Report on plague in the Punjab from October 1st ... to September 30th ..., being the ... season of plague in the province
Disease focus: Plague
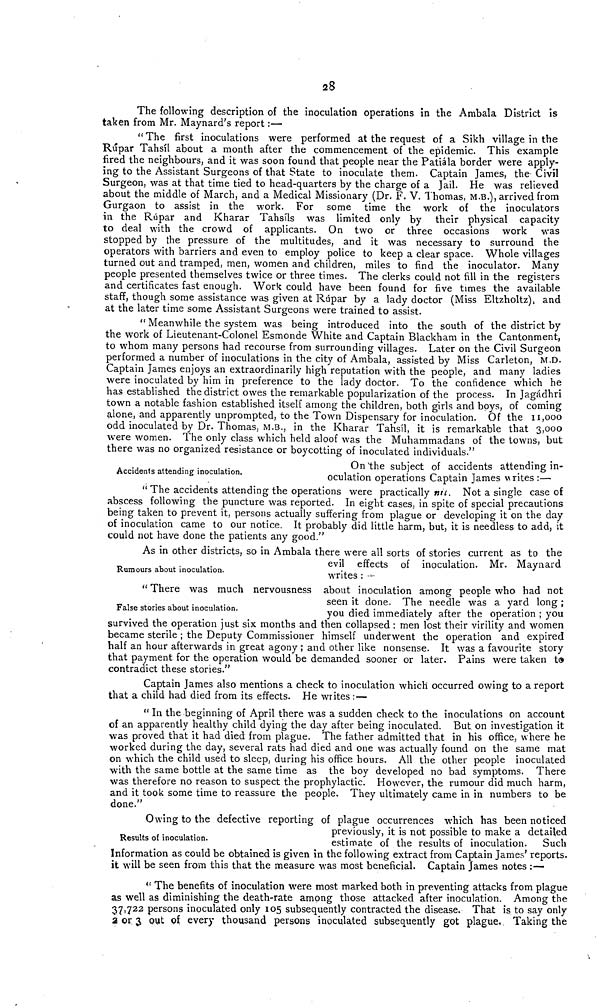
28
The following description of the inoculation operations in the Ambala District is
taken from Mr. Maynard's report :—
" The first inoculations were performed at the request of a Sikh village in the
Rupar Tahsil about a month after the commencement of the epidemic. This example
fired the neighbours, and it was soon found that people near the Patiála border were apply-
ing to the Assistant Surgeons of that State to inoculate them. Captain James, the Civil
Surgeon, was at that time tied to head-quarters by the charge of a Jail. He was relieved
about the middle of March, and a Medical Missionary (Dr. F. V. Thomas, M.B.), arrived from
Gurgaon to assist in the work. For some time the work of the inoculators
in the Rúpar and Kharar Tahsils was limited only by their physical capacity
to deal with the crowd of applicants. On two or three occasions work was
stopped by the pressure of the multitudes, and it was necessary to surround the
operators with barriers and even to employ police to keep a clear space. Whole villages
turned out and tramped, men, women and children, miles to find the inoculator. Many
people presented themselves twice or three times. The clerks could not fill in the registers
and certificates fast enough. Work could have been found for five times the available
staff, though some assistance was given at Rúpar by a lady doctor (Miss Eltzholtz), and
at the later time some Assistant Surgeons were trained to assist.
" Meanwhile the system was being introduced into the south of the district by
the work of Lieutenant-Colonel Esmonde White and Captain Blackham in the Cantonment,
to whom many persons had recourse from surrounding villages. Later on the Civil Surgeon
performed a number of inoculations in the city of Ambala, assisted by Miss Carleton, M.D-
Captain James enjoys an extraordinarily high reputation with the people, and many ladies
were inoculated by him in preference to the lady doctor. To the confidence which he
has established the district owes the remarkable popularization of the process. In Jagádhri
town a notable fashion established itself among the children, both girls and boys, of coming
alone, and apparently unprompted, to the Town Dispensary for inoculation. Of the 11,000
odd inoculated by Dr. Thomas, M.B., in the Kharar Tahsil, it is remarkable that 3,000
were women. The only class which held aloof was the Muhammadans of the towns, but
there was no organized resistance or boycotting of inoculated individuals."
Accidents attending inoculation.
On the subject of accidents attending in-
oculation operations Captain James writes:—
"The accidents attending the operations were practically nil. Not a single case of
abscess following the puncture was reported. In eight cases, in spite of special precautions
being taken to prevent it, persons actually suffering from plague or developing it on the day
of inoculation came to our notice. It probably did little harm, but, it is needless to add, it
could not have done the patients any good."
Rumours about inoculation.
As in other districts, so in Ambala there were all sorts of stories current as to the
evil effects of inoculation. Mr. Maynard
writes : -
False stories about inoculation.
" There was much nervousness about inoculation among people who had not
seen it done. The needle was a yard long ;
you died immediately after the operation ; you
survived the operation just six months and then collapsed ; men lost their virility and women
became sterile ; the Deputy Commissioner himself underwent the operation and expired
half an hour afterwards in great agony ; and other like nonsense. It was a favourite story
that payment for the operation would be demanded sooner or later. Pains were taken to
contradict these stories."
Captain James also mentions a check to inoculation which occurred owing to a report
that a child had died from its effects. He writes : —
" In the beginning of April there was a sudden check to the inoculations on account
of an apparently healthy child dying the day after being inoculated. But on investigation it
was proved that it had died from plague. The father admitted that in his office, where he
worked during the day, several rats had died and one was actually found on the same mat
on which the child used to sleep, during his office hours. All the other people inoculated
with the same bottle at the same time as the boy developed no bad symptoms. There
was therefore no reason to suspect the prophylactic. However, the rumour did much harm,
and it took some time to reassure the people. They ultimately came in in numbers to be
done."
Results of inoculation.
Owing to the defective reporting of plague occurrences which has been noticed
previously, it is not possible to make a detailed
estimate of the results of inoculation. Such
Information as could be obtained is given in the following extract from Captain James' reports.
it will be seen from this that the measure was most beneficial. Captain James notes :—
" The benefits of inoculation were most marked both in preventing attacks from plague
as well as diminishing the death-rate among those attacked after inoculation. Among the
37,722 persons inoculated only 105 subsequently contracted the disease. That is to say only
a or 3 out of every thousand persons inoculated subsequently got plague.. Taking the